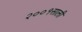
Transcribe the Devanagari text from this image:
२००१साली